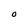
Character: O